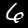
Digit: 6